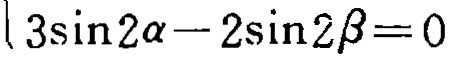
\(3\sin 2\alpha - 2\sin 2\beta = 0\)